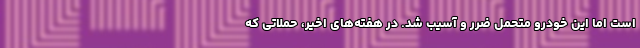
است اما این خودرو متحمل ضرر و آسیب شد. در هفته‌های اخیر، حملاتی که